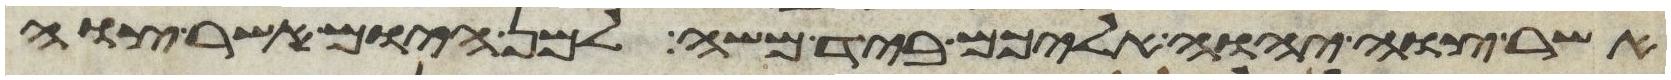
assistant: אשר צוה יהוה אליכם ביד משה למן היום אשר צוה